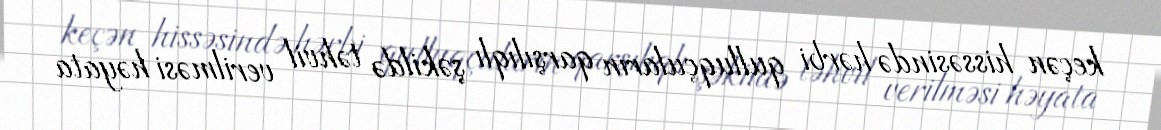
keçən hissəsində hərbi qulluqçuların qarşılıqlı şəkildə təhvil verilməsi həyata